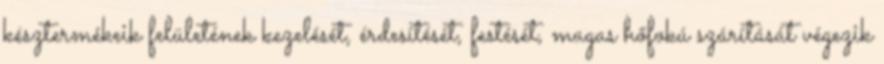
késztermékeik felületének kezelését, érdesítését, festését, magas hőfokú szárítását végezik